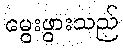
မွေးဖွားသည်